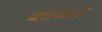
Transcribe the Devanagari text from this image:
बधवाना